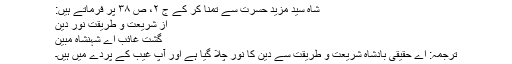
شاہ سید مزید حسرت سے تمنا کر کے ج ۲، ص ۳۸ پر فرماتے ہیں:
از شریعت و طریقت نور دین
گشت غائب اے شہنشاہ مبین
ترجمہ: اے حقیقی بادشاہ شریعت و طریقت سے دین کا نور چلا گیا ہے اور آپ غیب کے پردے میں ہیں۔